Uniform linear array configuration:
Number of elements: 64
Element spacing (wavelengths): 0.5
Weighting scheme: binomial
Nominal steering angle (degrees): -15
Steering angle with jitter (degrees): -16.929
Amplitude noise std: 0.05
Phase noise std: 0.05

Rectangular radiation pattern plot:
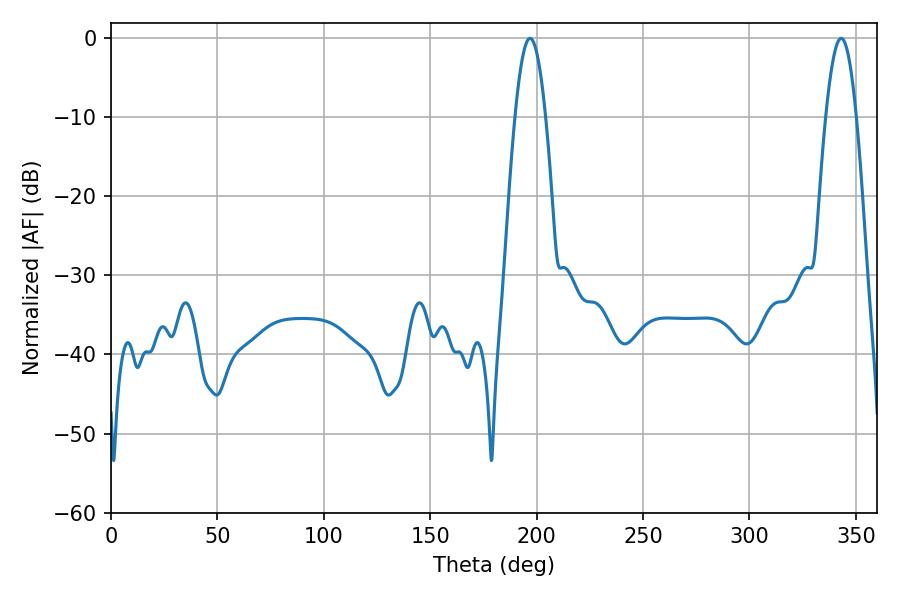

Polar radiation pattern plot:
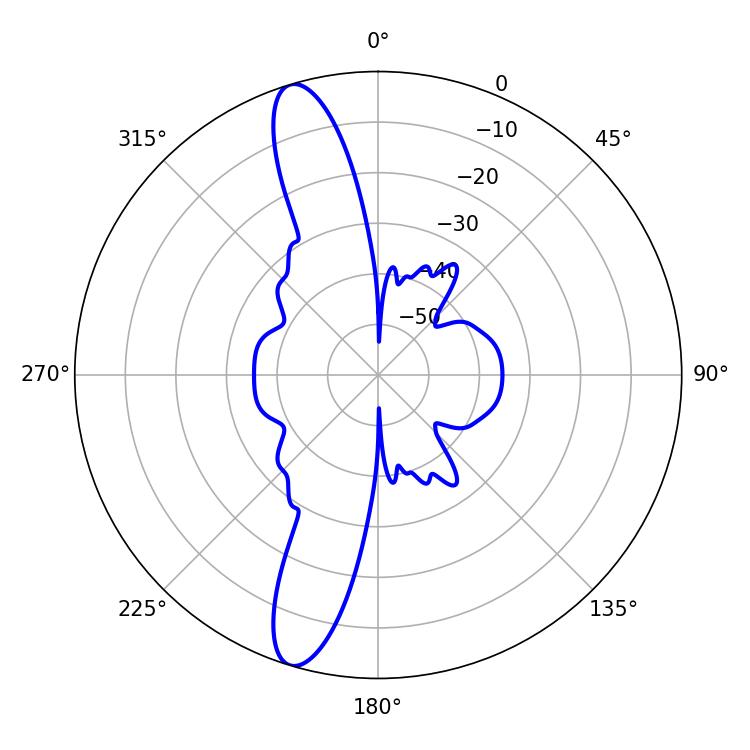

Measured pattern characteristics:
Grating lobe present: FALSE
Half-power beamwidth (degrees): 7.74
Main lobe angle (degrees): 196.92